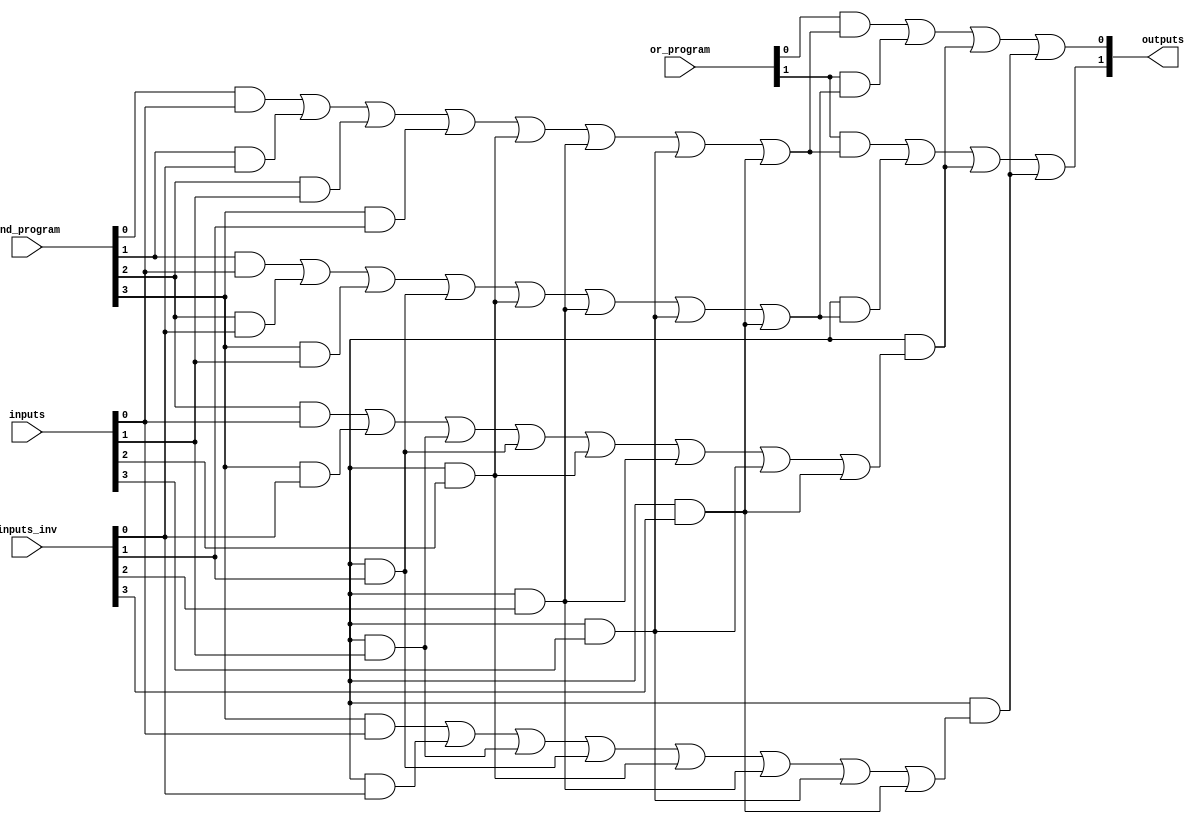
module PLA #(parameter n = 4,  // Number of inputs
             parameter m = 2,  // Number of outputs
             parameter p = 4,  // Number of AND gates
             parameter q = 2   // Number of OR gates
            ) (
    input  wire [n-1:0] inputs,        // Input lines
    input  wire [n-1:0] inputs_inv,    // Inverted inputs
    input  wire [p-1:0] and_program,    // Programming for AND gates
    input  wire [q-1:0] or_program,     // Programming for OR gates
    output wire [m-1:0] outputs         // Output lines
);

// Internal signals for AND gate outputs
wire [p-1:0] and_outputs;

// AND Array
genvar i, j;
generate
    for (i = 0; i < p; i = i + 1) begin : and_array
        assign and_outputs[i] = 
            (and_program[i] & inputs[0]) |
            (and_program[i + 1] & inputs_inv[0]) |
            (and_program[i + 2] & inputs[1]) |
            (and_program[i + 3] & inputs_inv[1]) |
            (and_program[i + 4] & inputs[2]) |
            (and_program[i + 5] & inputs_inv[2]) |
            (and_program[i + 6] & inputs[3]) |
            (and_program[i + 7] & inputs_inv[3]);
    end
endgenerate

// OR Array
generate
    for (j = 0; j < m; j = j + 1) begin : or_array
        assign outputs[j] = 
            (or_program[j] & and_outputs[0]) |
            (or_program[j + 1] & and_outputs[1]) |
            (or_program[j + 2] & and_outputs[2]) |
            (or_program[j + 3] & and_outputs[3]);
    end
endgenerate

endmodule